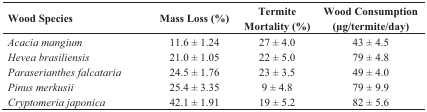
<table><thead><tr><td><b>Wood Species</b></td><td><b>Mass Loss (%)</b></td><td><b>Termite Mortality (%)</b></td><td><b>Wood Consumption (μg/termite/day)</b></td></tr></thead><tbody><tr><td><i>Acacia mangium</i></td><td>11.6 ± 1.24</td><td>27 ± 4.0</td><td>43 ± 4.5</td></tr><tr><td><i>Hevea brasiliensis</i></td><td>21.0 ± 1.05</td><td>22 ± 5.0</td><td>79 ± 4.8</td></tr><tr><td><i>Paraserianthes falcataria</i></td><td>24.5 ± 1.76</td><td>23 ± 3.5</td><td>49 ± 4.0</td></tr><tr><td><i>Pinus merkusii</i></td><td>25.4 ± 3.35</td><td>9 ± 4.8</td><td>79 ± 9.9</td></tr><tr><td><i>Cryptomeria japonica</i></td><td>42.1 ± 1.91</td><td>19 ± 5.2</td><td>82 ± 5.6</td></tr></tbody></table>